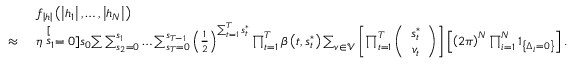
\begin{array} { r l } & { f _ { \left| \boldsymbol { h } \right| } \left( \left| h _ { 1 } \right| , \ldots , \left| h _ { N } \right| \right) } \\ { \approx ~ } & { \eta \stackrel [ s _ { 1 } = 0 ] { s _ { 0 } } { \sum } \sum _ { s _ { 2 } = 0 } ^ { s _ { 1 } } \ldots \sum _ { s _ { T } = 0 } ^ { s _ { T - 1 } } \left( \frac { 1 } { 2 } \right) ^ { \sum _ { t = 1 } ^ { T } s _ { t } ^ { * } } \prod _ { t = 1 } ^ { T } \beta \left( t , s _ { t } ^ { * } \right) \sum _ { \boldsymbol { v } \in \mathcal { V } } \left[ \prod _ { t = 1 } ^ { T } \left( \begin{array} { c } { s _ { t } ^ { * } } \\ { v _ { t } } \end{array} \right) \right] \left[ \left( 2 \pi \right) ^ { N } \prod _ { i = 1 } ^ { N } \boldsymbol { 1 } _ { \left\{ \Delta _ { i } = 0 \right\} } \right] . } \end{array}